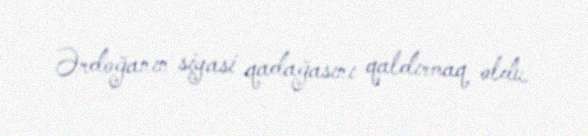
Ərdoğanın siyasi qadağasını qaldırmaq oldu.